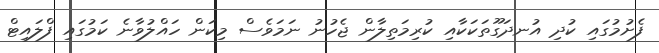
ފެށުމުގައި ކުދި އުނދަގޫތަކަކާއި ކުރިމަތިލާން ޖެހުނު ނަމަވެސް މިކަން ހައްލުވާނެ ކަމުގައި ފްލައިޓް